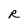
Character: R